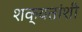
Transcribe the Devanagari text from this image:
शक्यतांशी